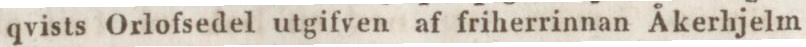
qvists Orlofsedel utgifven af friherrinnan Åkerhjelm